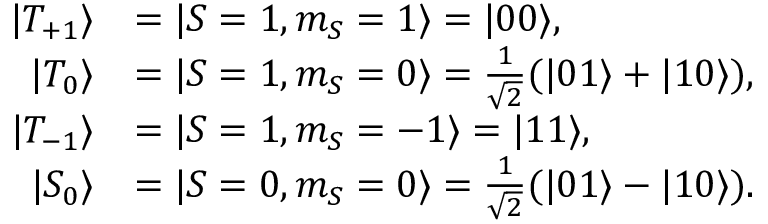
\begin{array} { r l } { \vert { T _ { + 1 } } \rangle } & { = \vert { S = 1 , m _ { S } = 1 } \rangle = \vert { 0 0 } \rangle , } \\ { \vert { T _ { 0 } } \rangle } & { = \vert { S = 1 , m _ { S } = 0 } \rangle = \frac { 1 } { \sqrt { 2 } } ( \vert { 0 1 } \rangle + \vert { 1 0 } \rangle ) , } \\ { \vert { T _ { - 1 } } \rangle } & { = \vert { S = 1 , m _ { S } = - 1 } \rangle = \vert { 1 1 } \rangle , } \\ { \vert { S _ { 0 } } \rangle } & { = \vert { S = 0 , m _ { S } = 0 } \rangle = \frac { 1 } { \sqrt { 2 } } ( \vert { 0 1 } \rangle - \vert { 1 0 } \rangle ) . } \end{array}